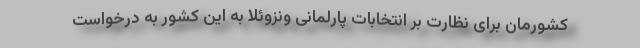
کشورمان برای نظارت بر انتخابات پارلمانی ونزوئلا به این کشور به درخواست